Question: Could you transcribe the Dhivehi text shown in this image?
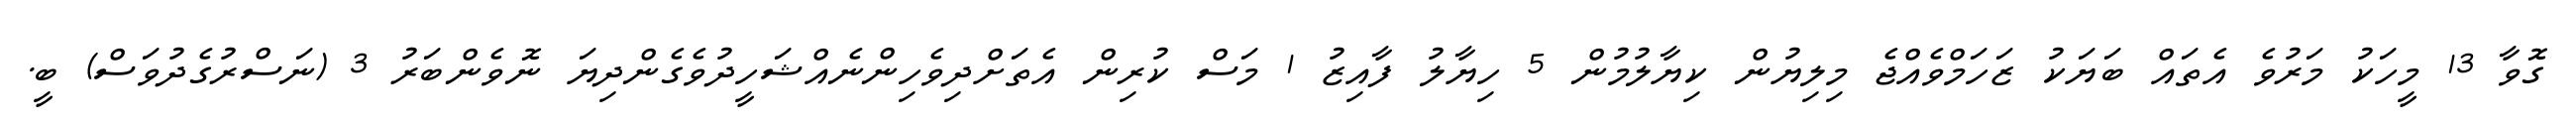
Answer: ގޮވާ 13 މީހަކު މަރުވެ އެތައް ބަޔަކު ޒަހަމްވެއްޖެ މިލިޔުން ކިޔާލުމުން 5 ހިޔާލު ފާއިޒު 1 މަސް ކުރިން އެތަށްދިވެހިންނެއްޝަހީދުވެގެންދިޔަ ނޮވެންބަރު 3 (ނަސްރުގެދުވަސް) ބީ.